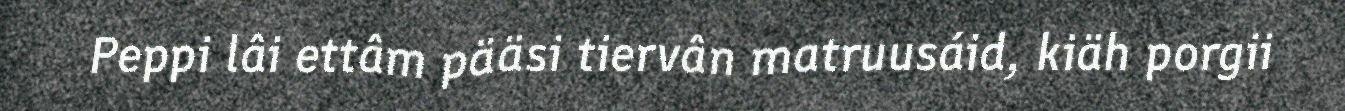
Peppi lâi ettâm pääsi tiervân matruusáid, kiäh porgii